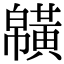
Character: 𪏑